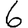
Digit: 6